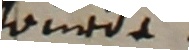
urde.